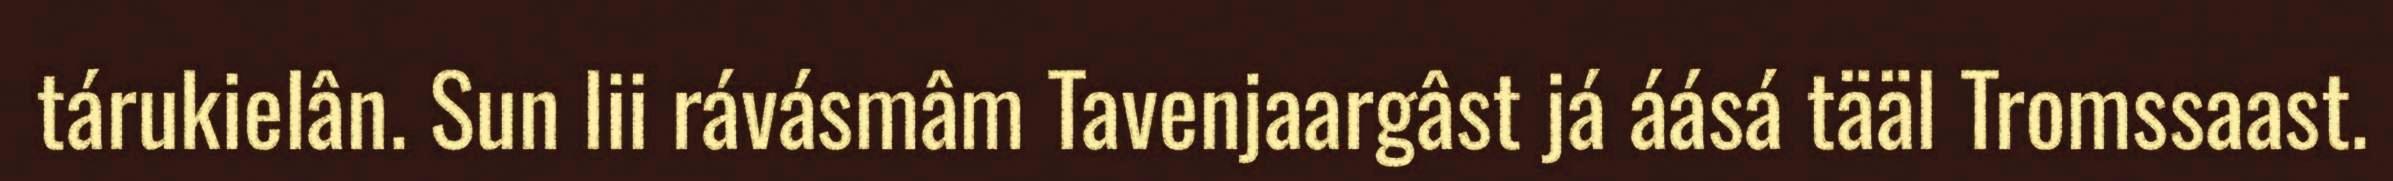
tárukielân. Sun lii rávásmâm Tavenjaargâst já áásá tääl Tromssaast.